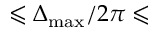
\leqslant \Delta _ { \mathrm { m a x } } / 2 \pi \leqslant